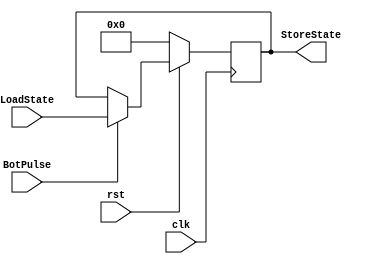
//Pranav Kulkarni, 7179
//LoadReg
//Loads the incoming 4 bit input only at no reset and when the botton is pressed. Botton pressing has to first be converted to a single
//pulse over a clock period to avoid multiple loads for the same botton press  
module LoadReg_Kulkarni_P(LoadState, StoreState, clk, rst, BotPulse);
input [4:0]LoadState;
output [4:0]StoreState;
reg [4:0]StoreState;
input clk, rst, BotPulse;

always @(posedge clk)begin
  if (rst ==0)
    begin
      StoreState <= 4'b0000;
    end
  else 
    begin
      if (BotPulse ==1)
        begin
          StoreState <= LoadState;
        end
    end
end
endmodule